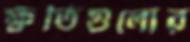
ক্ষতিগুলোর